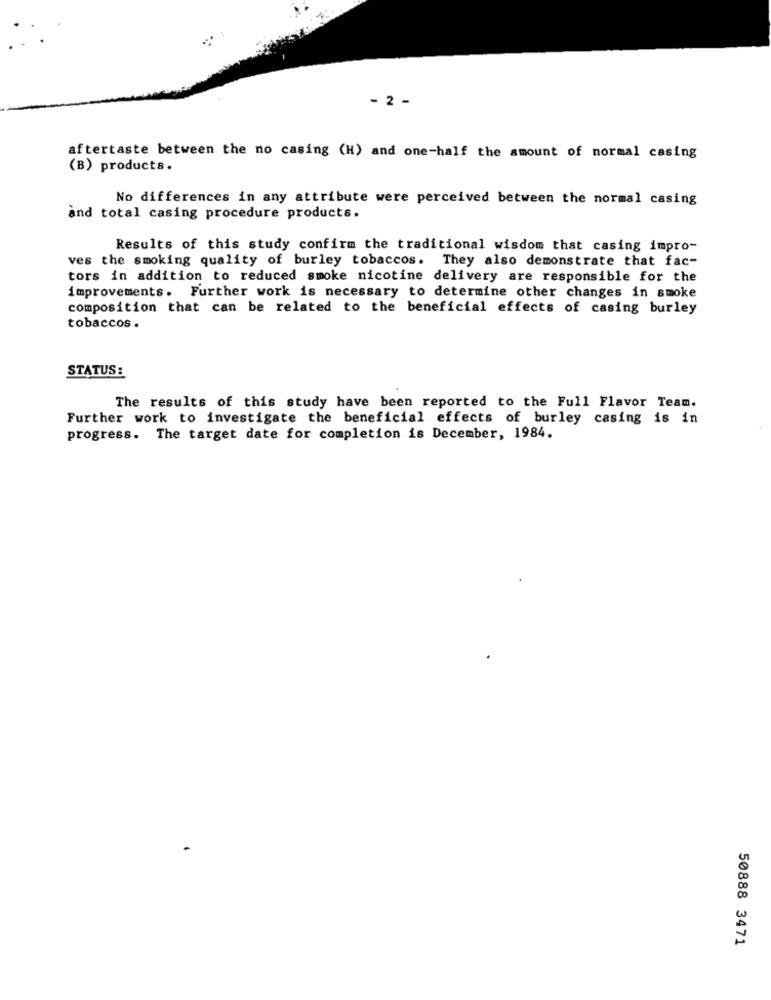
- 2 -
aftertaste between the no casing (H) and one-half the amount of normal casing
(B) products.
No differences in any attribute were perceived between the normal casing
and total casing procedure products.
Results of this study confirm the traditional wisdom that casing impro-
ves the smoking quality of burley tobaccos. They also demonstrate that fac-
tors in addition to reduced smoke nicotine delivery are responsible for the
improvements. Further work is necessary to determine other changes in smoke
composition that can be related to the beneficial effects of casing burley
tobaccos .
STATUS:
The results of this study have been reported to the Full Flavor Team.
Further work to investigate the beneficial effects of burley casing is in
progress. The target date for completion is December, 1984.
50888 3471